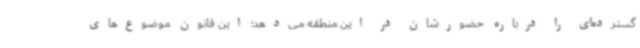
گسترده‌ای را درباره حضورشان در این منطقه می‌دهد؛ این قانون موضوع‌های